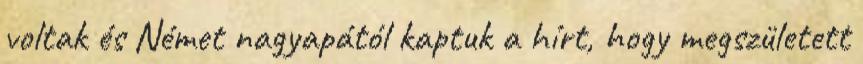
voltak és Német nagyapától kaptuk a hírt, hogy megszületett